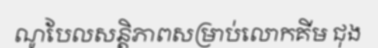
ណូបែលសន្តិភាពសម្រាប់លោកគីម ជុង